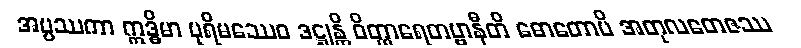
အပ္ပဿကာ ဣဒ္ဓိမာ ပုရိမဿေဝ ဒဋ္ဌုန္တိ ဝိတ္ထာရေတဗ္ဗာနီတိ ဓောတောပိ အတုလတေဇဿ